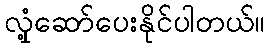
လှုံ့ဆော်ပေးနိုင်ပါတယ်။